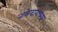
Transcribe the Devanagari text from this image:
नाकेदारांच्या